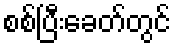
စစ်ပြီးခေတ်တွင်